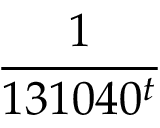
\frac { 1 } { 1 3 1 0 4 0 ^ { t } }